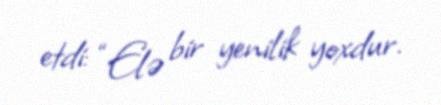
etdi: “Elə bir yenilik yoxdur.